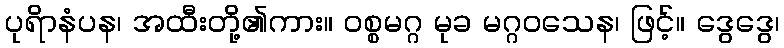
ပုရိာနံပန၊ အထီးတို့၏ကား။ ဝစ္စမဂ္ဂ မုခ မဂ္ဂဝသေန၊ ဖြင့်။ ဒွေဒွေ၊